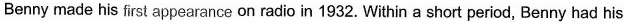
Benny made his first appearance on radio in 1932. Within a short period, Benny had his